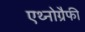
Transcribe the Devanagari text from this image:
एथ्नोग्रैफी